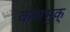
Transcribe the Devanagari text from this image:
कणभुक्